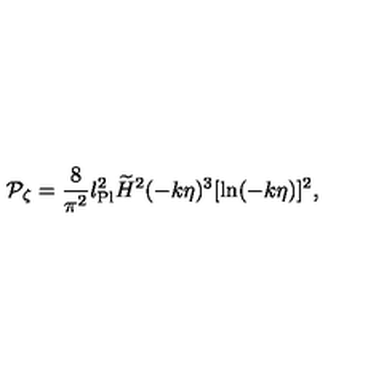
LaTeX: { \cal P } _ { \zeta } = { \frac { 8 } { \pi ^ { 2 } } } l _ { \mathrm { P l } } ^ { 2 } \widetilde { H } ^ { 2 } ( - k \eta ) ^ { 3 } [ \ln ( - k \eta ) ] ^ { 2 } ,